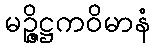
မဉ္ဇိဋ္ဌကဝိမာနံ